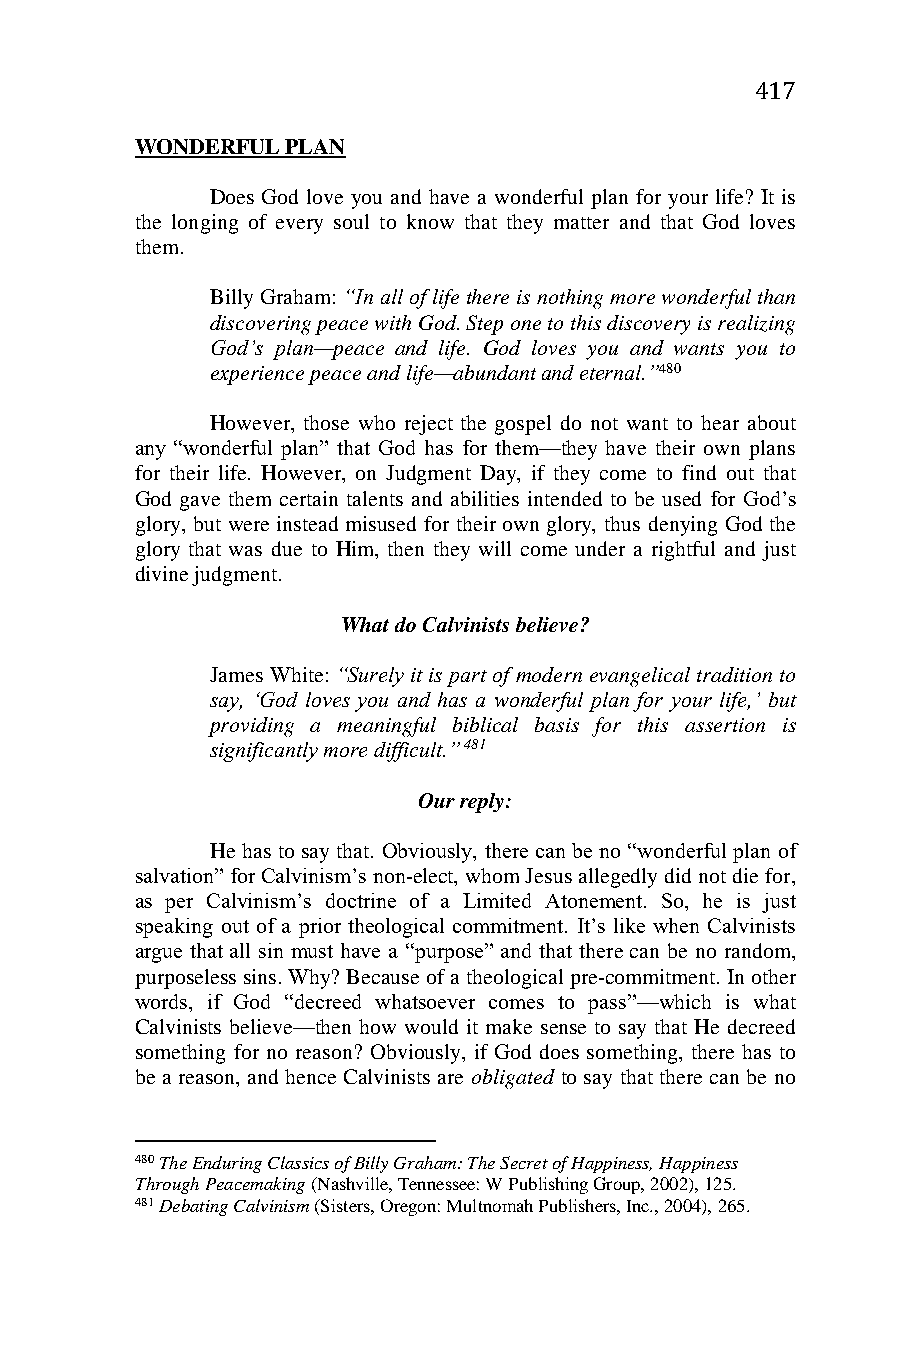
417
 WONDERFUL PLAN
 Does God love you and have a wonderful plan for your life? It is
 the longing of every soul to know that they matter and that God loves
 them.
 Billy Graham: “In all of life there is nothing more wonderful than
 discovering peace with God. Step one to this discovery is realizing
 God’s plan—peace and life. God loves you and wants you to
 experience peace and life—abundant and eternal.”480
 However, those who reject the gospel do not want to hear about
 any “wonderful plan” that God has for them—they have their own plans
 for their life. However, on Judgment Day, if they come to find out that
 God gave them certain talents and abilities intended to be used for God’s
 glory, but were instead misused for their own glory, thus denying God the
 glory that was due to Him, then they will come under a rightful and just
 divine judgment.
 What do Calvinists believe?
 James White: “Surely it is part of modern evangelical tradition to
 say, ‘God loves you and has a wonderful plan for your life,’ but
 providing a meaningful biblical basis for this assertion is
 significantly more difficult.” 481
 Our reply:
 He has to say that. Obviously, there can be no “wonderful plan of
 salvation” for Calvinism’s non-elect, whom Jesus allegedly did not die for,
 as per Calvinism’s doctrine of a Limited Atonement. So, he is just
 speaking out of a prior theological commitment. It’s like when Calvinists
 argue that all sin must have a “purpose” and that there can be no random,
 purposeless sins. Why? Because of a theological pre-commitment. In other
 words, if God “decreed whatsoever comes to pass”—which is what
 Calvinists believe—then how would it make sense to say that He decreed
 something for no reason? Obviously, if God does something, there has to
 be a reason, and hence Calvinists are obligated to say that there can be no
 480 The Enduring Classics of Billy Graham: The Secret of Happiness, Happiness
 Through Peacemaking (Nashville, Tennessee: W Publishing Group, 2002), 125.
 481 Debating Calvinism (Sisters, Oregon: Multnomah Publishers, Inc., 2004), 265.